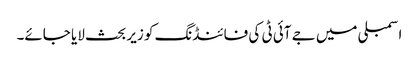
اسمبلی میں جے آئی ٹی کی فائنڈنگ کو زیر بحث لایا جائے۔